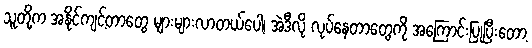
သူတို့က အနိုင်ကျင့်တာတွေ များများလာတယ်ပေါ့၊ အဲဒီလို လုပ်နေတာတွေကို အကြောင်းပြုပြီးတော့